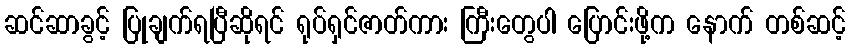
ဆင်ဆာခွင့် ပြုချက်ရပြီဆိုရင် ရုပ်ရှင်ဇာတ်ကား ကြီးတွေပါ ပြောင်းဖို့က နောက် တစ်ဆင့်